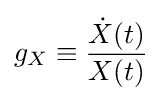
g_{X}\equiv {\frac {{\dot {X}}(t)}{X(t)}}